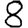
Digit: 8